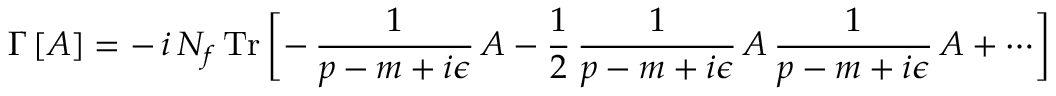
\Gamma \, [ A ] = - \, i \, N _ { f } \, \mathrm { T r } \, \biggl [ - \, \frac { 1 } { p - m + i \epsilon } \, A - \frac { 1 } { 2 } \, \frac { 1 } { p - m + i \epsilon } \, A \, \frac { 1 } { p - m + i \epsilon } \, A + \cdots \biggr ]